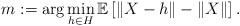
LaTeX: \begin{align*}m:= \arg \min_{h\in H} \mathbb{E}\left[ \left\| X-h \right\| - \left\| X \right\| \right] .\end{align*}